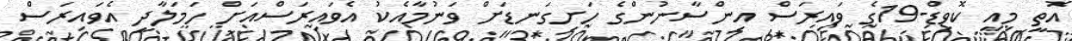
އޮތީ މިއީ ކޮވިޑް-19ގެ ވައިރަސް އިންސާނުންގެ ހަށިގަނޑަށް ވަނުމާއެކު އެވައިރަސްއަށް ހަމަލާދީ އެވައިރަސް